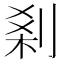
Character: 𠜽